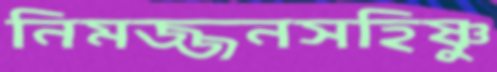
নিমজ্জনসহিষ্ণু